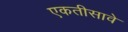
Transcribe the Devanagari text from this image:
एकतीसावे